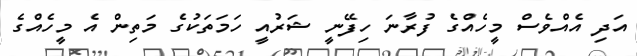
އަދި އެއްވެސް މީހެއްގެ ފުރާނަ ހިފޭނީ ޝަރުއީ ހަމަތަކުގެ މަތިން އެ މީހެއްގެ